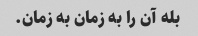
بله آن را به زمان به زمان.